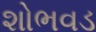
શોભવડ